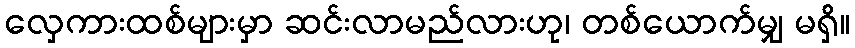
လှေကားထစ်များမှာ ဆင်းလာမည်လားဟု၊ တစ်ယောက်မျှ မရှိ။